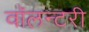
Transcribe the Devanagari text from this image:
वॉलन्टरी